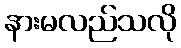
နားမလည်သလို